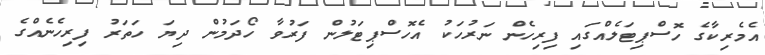
އެމެރިކާގެ ހޮސްޕިޓަލެއްގައި ފިރިހެން ނަރުހަކު އެހޮސްޕިޓަލުން ފަރުވާ ހޯދަމުން ދިޔަ ހަތަރު ފިރިހެނެއްގެ